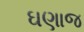
ઘણાજ